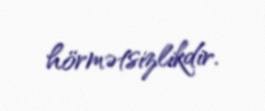
hörmətsizlikdir.